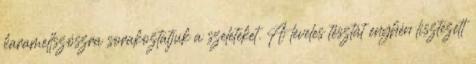
karamellszószra sorakoztatjuk a szeleteket. A leveles tésztát enyhén lisztezett